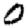
Digit: 0